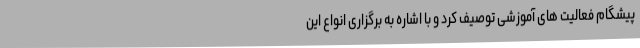
پیشگام فعالیت های آموزشی توصیف کرد و با اشاره به برگزاری انواع این